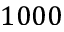
1 0 0 0